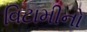
વિટામીનો